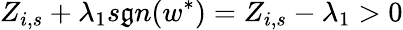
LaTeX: Z_{i,s}+\lambda_{1}s\mathfrak{g}n(w^{\ast})=Z_{i,s}-\lambda_{1}>0